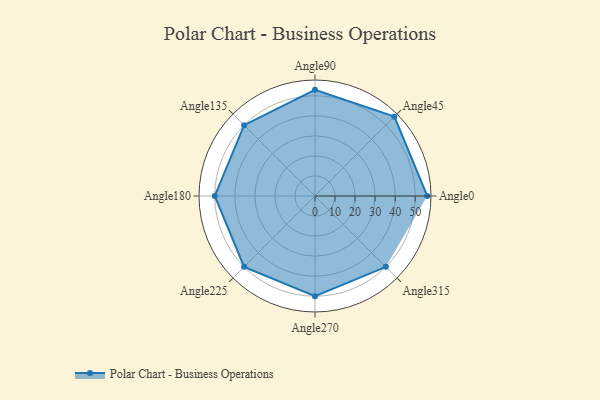
{"axis": {"x": "Angle", "y": "Radius"}, "legend": [""], "data": [{"x": "Angle0", "y": 56.0, "type": ""}, {"x": "Angle45", "y": 56.0, "type": ""}, {"x": "Angle90", "y": 53.0, "type": ""}, {"x": "Angle135", "y": 50.0, "type": ""}, {"x": "Angle180", "y": 50.0, "type": ""}, {"x": "Angle225", "y": 50, "type": ""}, {"x": "Angle270", "y": 50, "type": ""}, {"x": "Angle315", "y": 50, "type": ""}]}